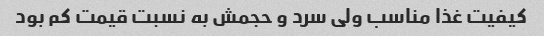
کیفیت غذا مناسب ولی سرد و حجمش به نسبت قیمت کم بود